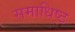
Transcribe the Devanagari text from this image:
समाधिष्ट